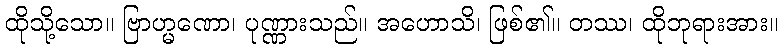
ထိုသို့သော။ ဗြာဟ္မဏော၊ ပုဏ္ဏားသည်။ အဟောသိ၊ ဖြစ်၏။ တဿ၊ ထိုဘုရားအား။